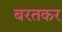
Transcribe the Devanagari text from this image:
बरतकर